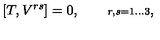
[ T , V ^ { r s } ] = 0 , \qquad { \scriptstyle r , s = 1 \ldots 3 } ,